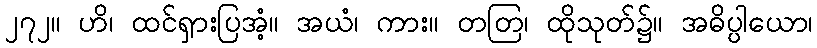
၂၇၂။ ဟိ၊ ထင်ရှားပြအံ့။ အယံ၊ ကား။ တတြ၊ ထိုသုတ်၌။ အဓိပ္ပါယော၊